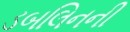
ડબલિનની